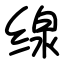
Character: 缐